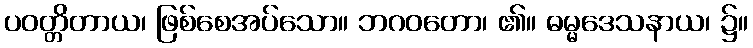
ပဝတ္တိတာယ၊ ဖြစ်စေအပ်သော။ ဘဂဝတော၊ ၏။ ဓမ္မဒေသနာယ၊ ၌။